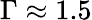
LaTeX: \Gamma\approx 1.5